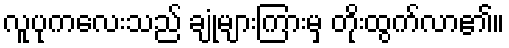
လူပုကလေးသည် ချုံများကြားမှ တိုးထွက်လာ၏။